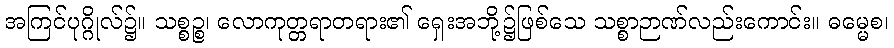
အကြင်ပုဂ္ဂိုလ်၌။ သစ္စဉ္စ၊ လောကုတ္တရာတရား၏ ရှေးအဘို့၌ဖြစ်သေ သစ္စာဉာဏ်လည်းကောင်း။ ဓမ္မေစ၊